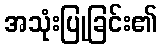
အသုံးပြုခြင်း၏